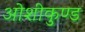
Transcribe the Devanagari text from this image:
ओशीकुण्ड